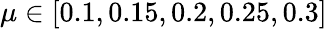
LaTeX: \mu\in[0.1,0.15,0.2,0.25,0.3]